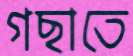
গছাতে